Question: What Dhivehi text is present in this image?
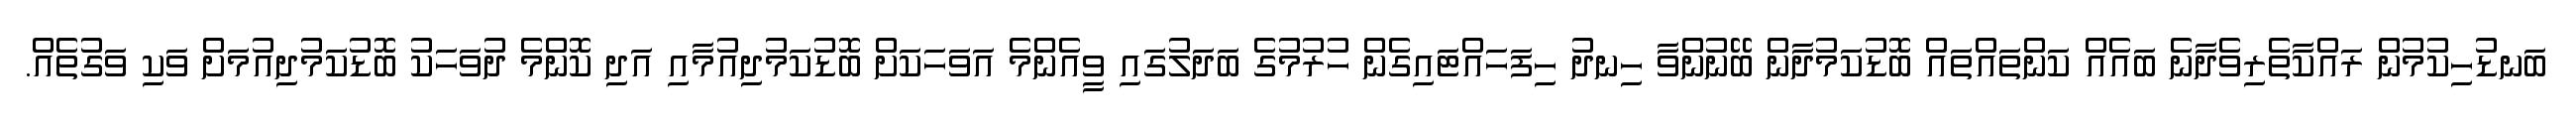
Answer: ބަނޑުހިކުމުން ރައްކާތެރިވެދާނެ ބައެއް ކަންތައްތައް ބޮޑުކަމުދާން ބޭނުންވާ ހިނދު ހިފަހައްޓައިގެން ހުރުމުގެ ބަދަލުގައި ވީއެންމެ އަވަހަކަށް ބޮޑުކަމުދިއުމާއި އަދި ކޮންމެ ދުވަހަކު ބޮޑުކަމުދިއުމަށް ވަކި ވަގުތެއް.